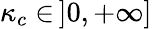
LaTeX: \kappa_{c}\in\, ]0,+\infty]